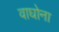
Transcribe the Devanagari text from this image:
वाघोना